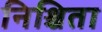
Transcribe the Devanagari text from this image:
निश्चिता